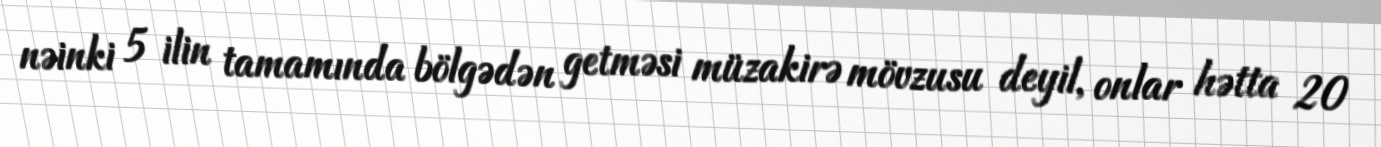
nəinki 5 ilin tamamında bölgədən getməsi müzakirə mövzusu deyil, onlar hətta 20